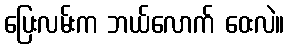
ပြေးလမ်းက ဘယ်လောက် ဝေးလဲ။